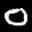
Label: 0